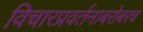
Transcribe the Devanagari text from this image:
विचारप्रवर्तनाबरोबरच